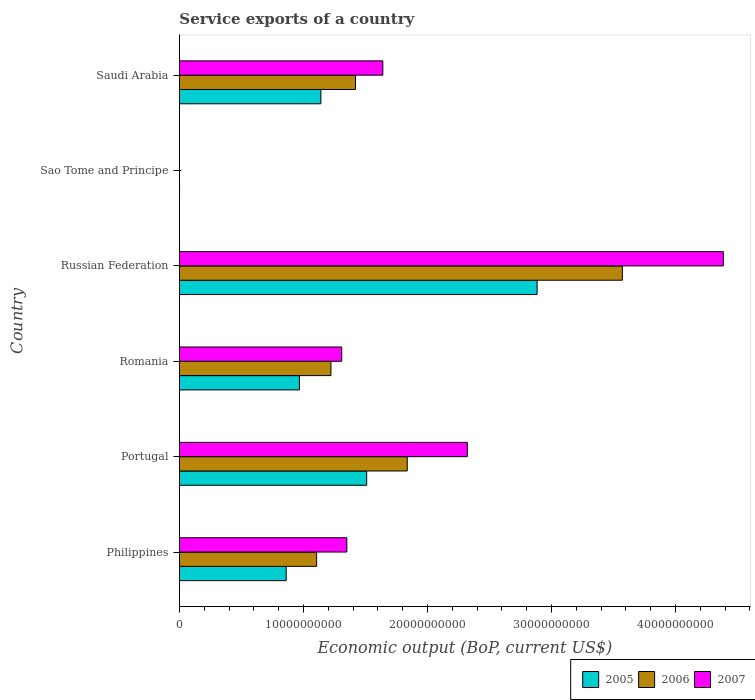
| Country | 2005 | 2006 | 2007 |
 | --- | --- | --- | --- |
 | Philippines | 8.61e+09 | 1.11e+10 | 1.35e+10 |
 | Portugal | 1.51e+10 | 1.84e+10 | 2.32e+10 |
 | Romania | 9.68e+09 | 1.22e+10 | 1.31e+10 |
 | Russian Federation | 2.88e+10 | 3.57e+10 | 4.39e+10 |
 | Sao Tome and Principe | 9.15e+06 | 8.4e+06 | 6.7e+06 |
 | Saudi Arabia | 1.14e+10 | 1.42e+10 | 1.64e+10 |